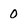
Character: 0